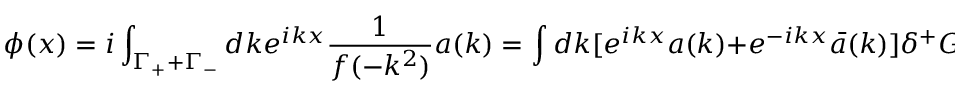
\phi ( x ) = i \int _ { \Gamma _ { + } + \Gamma _ { - } } d k e ^ { i k x } \frac { 1 } { f ( - k ^ { 2 } ) } a ( k ) = \int d k [ e ^ { i k x } a ( k ) + e ^ { - i k x } \bar { a } ( k ) ] \delta ^ { + } G ( k ^ { 2 } ) ~ ~ ~ .